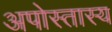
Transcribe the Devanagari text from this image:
अपोस्तास्य